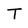
Character: T